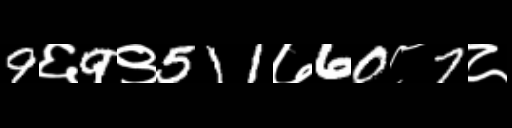
Text: 9६9९511७60८7८